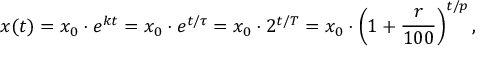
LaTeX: x ( t ) = x _ { 0 } \cdot e ^ { k t } = x _ { 0 } \cdot e ^ { t / \tau } = x _ { 0 } \cdot 2 ^ { t / T } = x _ { 0 } \cdot \left( 1 + { \frac { r } { 1 0 0 } } \right) ^ { t / p } ,